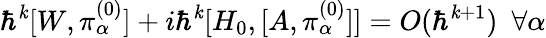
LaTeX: \hbar^{\mathit{k}}[W,\pi_{\alpha}^{(0)}]+i\hbar^{\mathit{k}}[H_{0},[A,\pi_{\alpha}^{(0)}]]=O(\hbar^{\mathit{k}+1})~~\forall\alpha